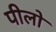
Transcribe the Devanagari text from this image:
पीलो